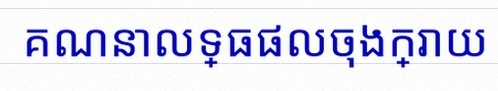
គណនាលទ្ធផលចុងក្រោយ